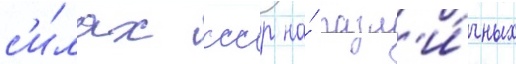
с'и́лах ссср на́ разл'и́чных